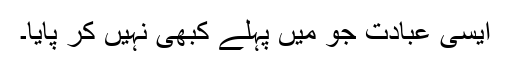
ایسی عبادت جو میں پہلے کبھی نہیں کر پایا۔